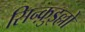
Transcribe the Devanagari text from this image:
सिन्क़ुइल्लो